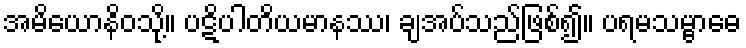
အမိယောနိဝသို့။ ပဋိပါတိယမာနဿ၊ ချအပ်သည်ဖြစ်၍။ ပရမသမ္ဗာဓေ